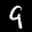
Label: 9